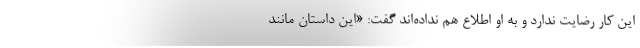
این کار رضایت ندارد و به او اطلاع هم نداده‌اند گفت: «این داستان مانند